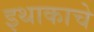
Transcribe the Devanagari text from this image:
इथाकाचे